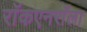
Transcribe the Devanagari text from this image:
राॅकएनराॅला